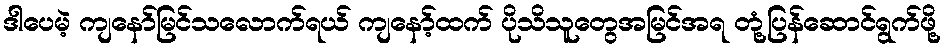
ဒါပေမဲ့ ကျနော်မြင်သလောက်ရယ် ကျနော့်ထက် ပိုသိသူတွေအမြင်အရ တုံ့ပြန်ဆောင်ရွက်ဖို့